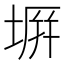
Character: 𭎪